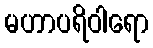
မဟာပရိဝါရော